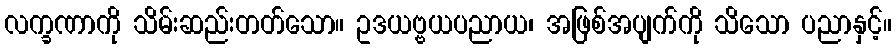
လက္ခဏာကို သိမ်းဆည်းတတ်သော။ ဥဒယဗ္ဗယပညာယ၊ အဖြစ်အပျက်ကို သိသော ပညာနှင့်။